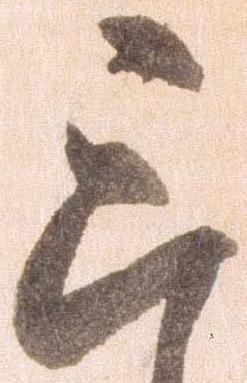
三